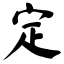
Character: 定